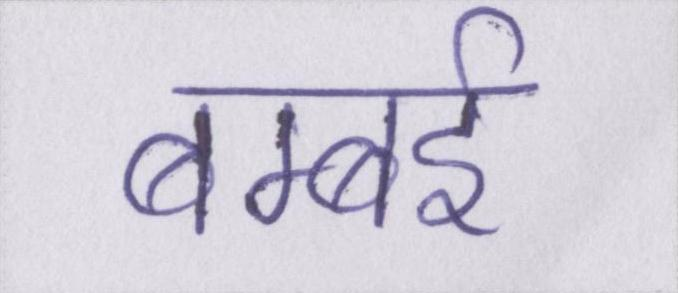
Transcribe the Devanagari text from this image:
बम्बई